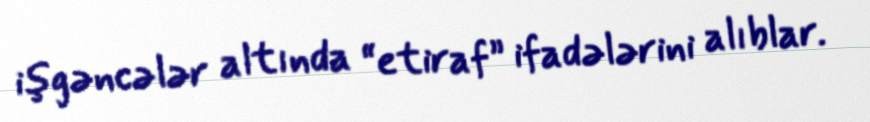
işgəncələr altında “etiraf” ifadələrini alıblar.